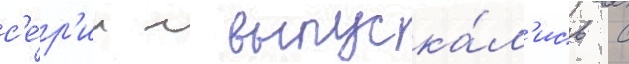
с'е́р'ии л выпуска́л'ись с